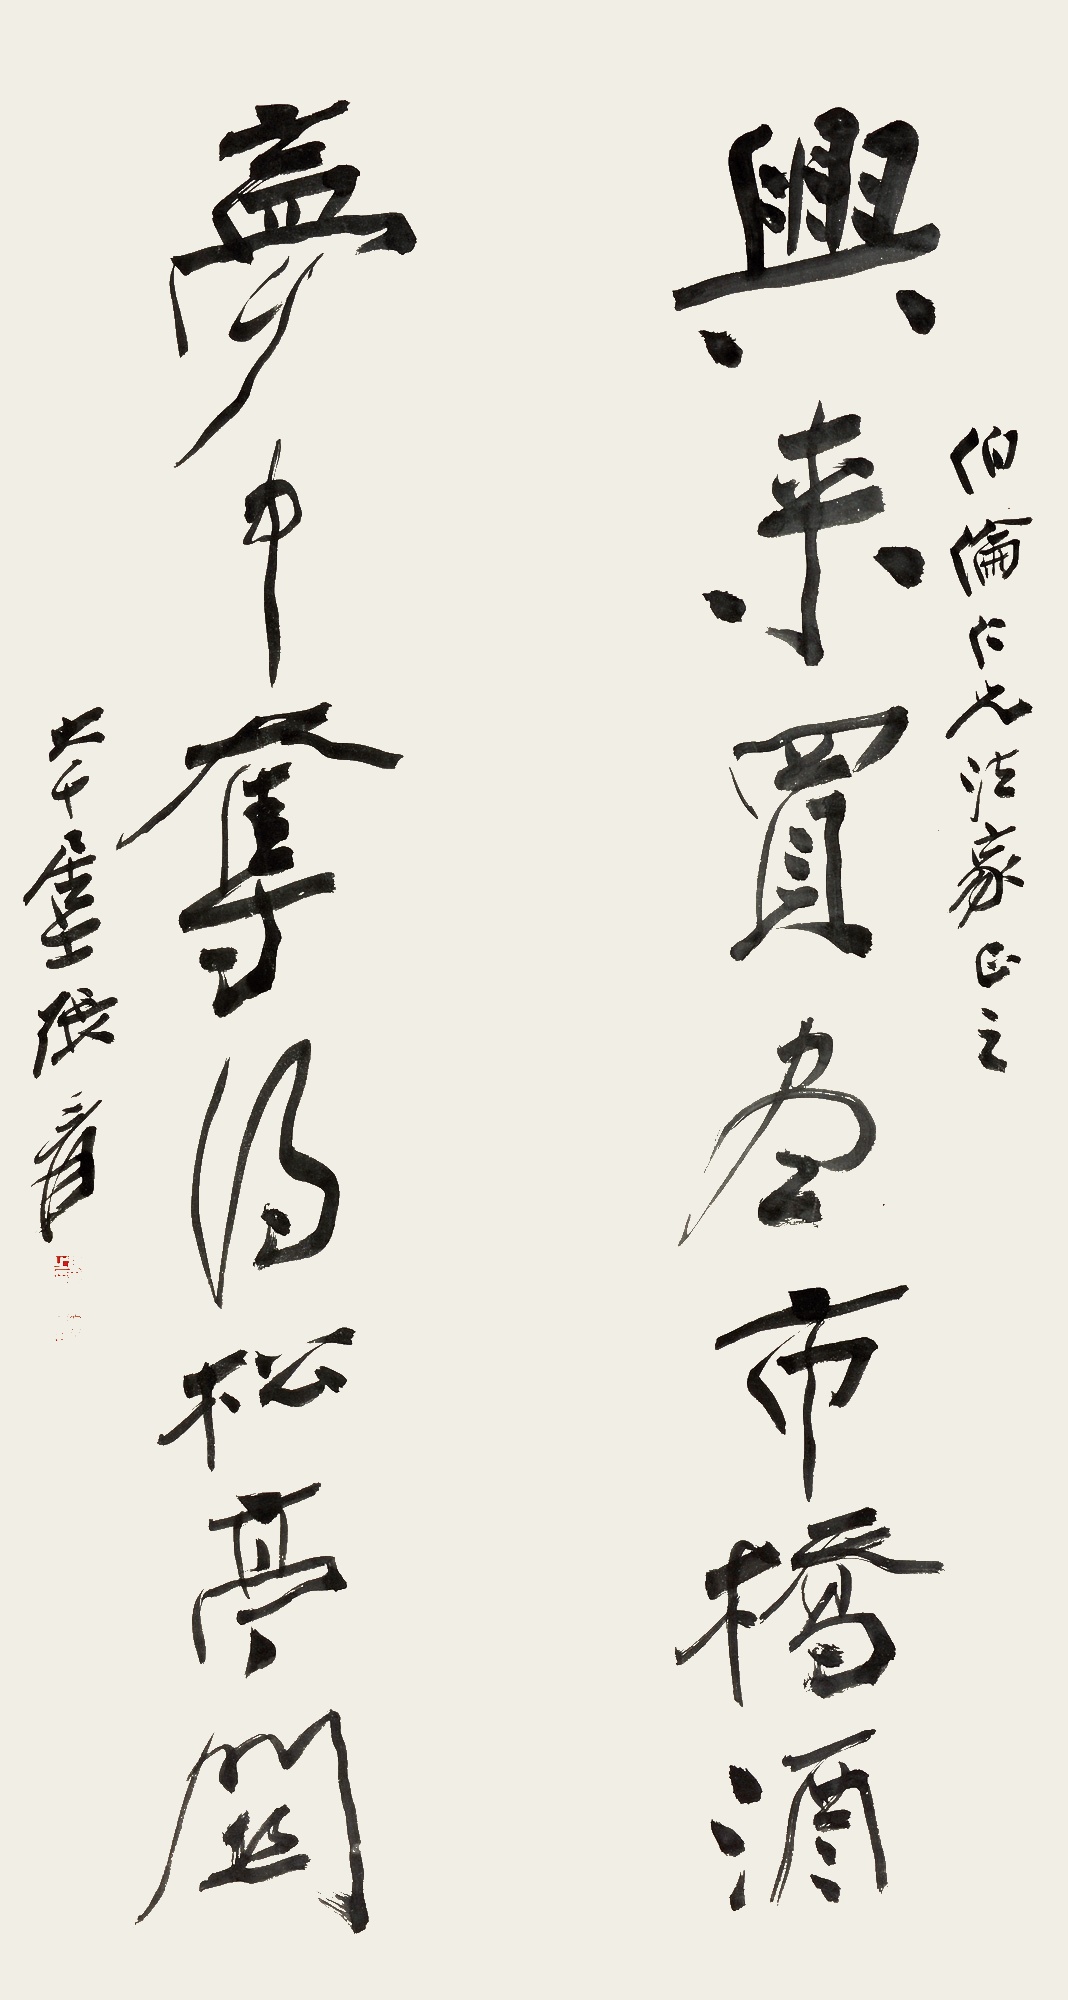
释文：兴来买尽市桥酒，梦中夺得松亭关。伯伦仁兄法家正之，大千居士张爰。